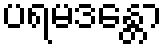
ပရမဒန္တော